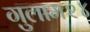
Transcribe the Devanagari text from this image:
गुलाम२४